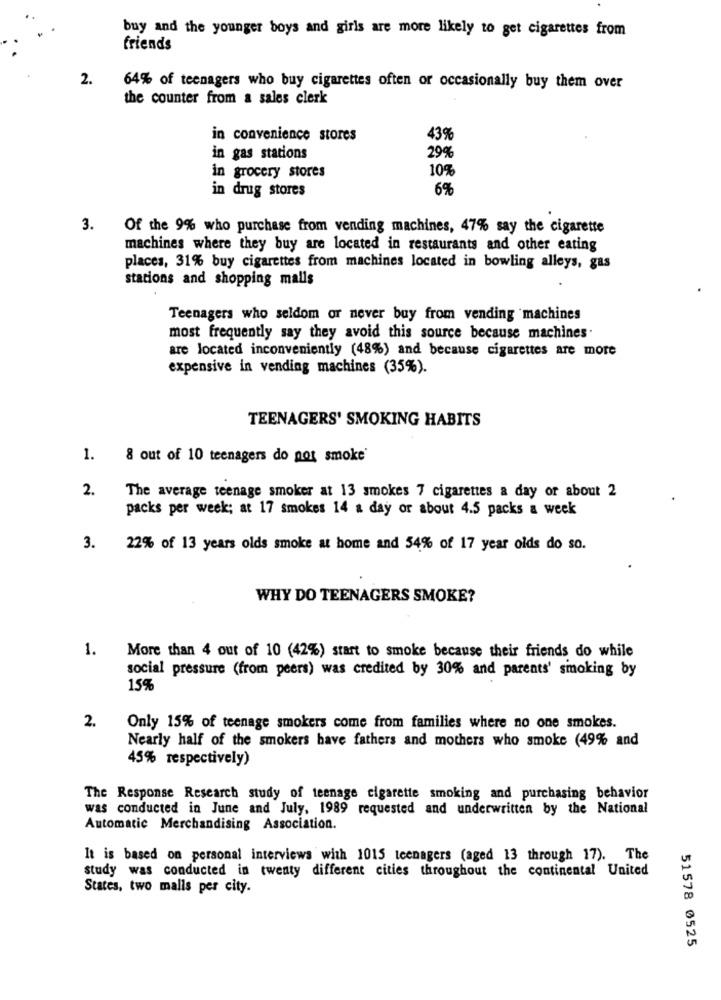
buy and the younger boys and girls are more likely to get cigarettes from
friends
2.
64% of teenagers who buy cigarettes often or occasionally buy them over
the counter from a sales clerk
in convenience stores
43%
in gas stations
29%
10%
in grocery stores
in drug stores
£99.9
6%
3. Of the 9% who purchase from vending machines, 47% say the cigarette
machines where they buy are located in restaurants and other eating
places, 31% buy cigarettes from machines located in bowling alleys, gas
stations and shopping malls
Teenagers who seldom or never buy from vending machines
most frequently say they avoid this source because machines.
are located inconveniently (48%) and because cigarettes are more
expensive in vending machines (35%).
TEENAGERS' SMOKING HABITS
1.
8 out of 10 teenagers do not smoke'
2.
The average teenage smoker at 13 smokes 7 cigarettes a day or about 2
packs per week; at 17 smokes 14 a day or about 4.5 packs a week
3.
22% of 13 years olds smoke at home and 54% of 17 year olds do so.
WHY DO TEENAGERS SMOKE?
1.
More than 4 out of 10 (42%) start to smoke because their friends do while
social pressure (from peers) was credited by 30% and parents' smoking by
15%
2.
Only 15% of teenage smokers come from families where no one smokes.
Nearly half of the smokers have fathers and mothers who smoke (49% and
45% respectively)
The Response Research study of teenage cigarette smoking and purchasing behavior
was conducted in June and July, 1989 requested and underwritten by the National
Automatic Merchandising Association.
It is based on personal interviews with 1015 teenagers (aged 13 through 17). The
study was conducted in twenty different cities throughout the continental United
States, two malls per city.
51578 0525